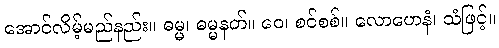
အောင်လိမ့်မည်နည်း။ ဓမ္မ၊ ဓမ္မနတ်။ ဝေ၊ စင်စစ်။ လောဟေနံ၊ သံဖြင့်။